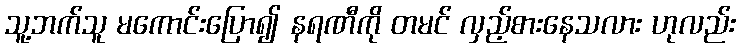
သူ့ဘက်သူ မကောင်းပြော၍ နရဏီကို တမင် လှည့်စားနေသလား ဟုလည်း